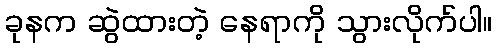
ခုနက ဆွဲထားတဲ့ နေရာကို သွားလိုက်ပါ။